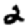
Digit: 2